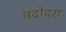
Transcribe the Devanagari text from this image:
वदोदरा